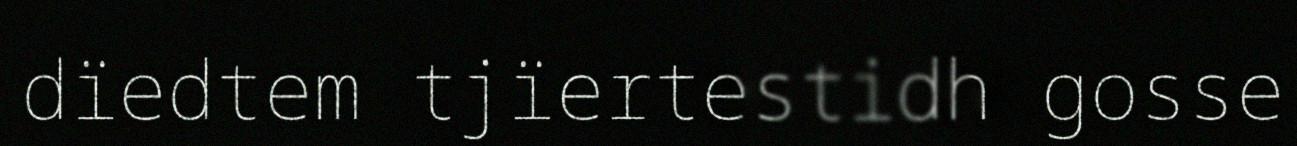
dïedtem tjïertestidh gosse